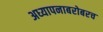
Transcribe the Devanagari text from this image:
अध्‍यापनाबरोबरच